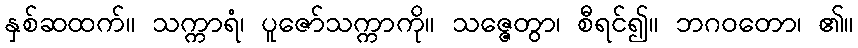
နှစ်ဆထက်။ သက္ကာရံ၊ ပူဇော်သက္ကာကို။ သဇ္ဇေတွာ၊ စီရင်၍။ ဘဂဝတော၊ ၏။